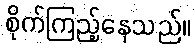
စိုက်ကြည့်နေသည်။